Document type: Sale
Year: 1499
Scribe: Joan Martínez de Sòria
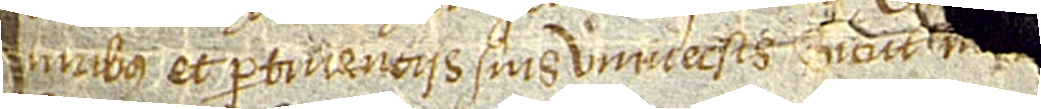
iuribus et pertinenciis suis universis sicut m[elius dici potest et intelligi a]